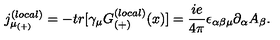
{ j _ { \mu _ { ( + ) } } ^ { ( l o c a l ) } } = - t r [ \gamma _ { \mu } G _ { ( + ) } ^ { ( l o c a l ) } ( x ) ] = \frac { i e } { 4 \pi } \epsilon _ { \alpha \beta \mu } \partial _ { \alpha } A _ { \beta } .